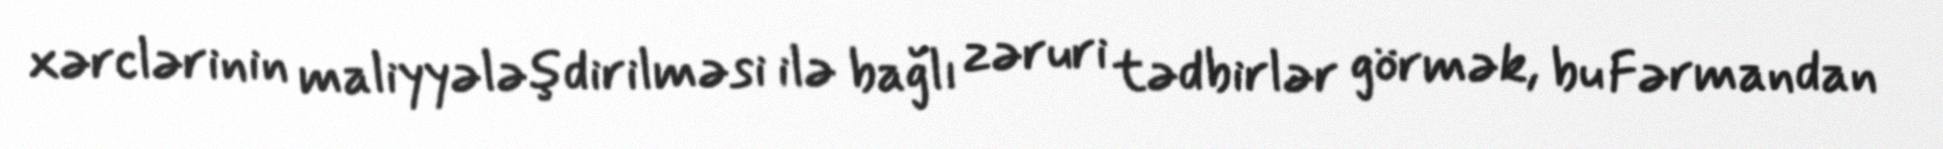
xərclərinin maliyyələşdirilməsi ilə bağlı zəruri tədbirlər görmək, bu Fərmandan